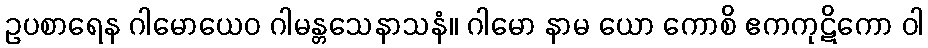
ဥပစာရေန ဂါမောယေဝ ဂါမန္တသေနာသနံ။ ဂါမော နာမ ယော ကောစိ ဧကကုဋိကော ဝါ